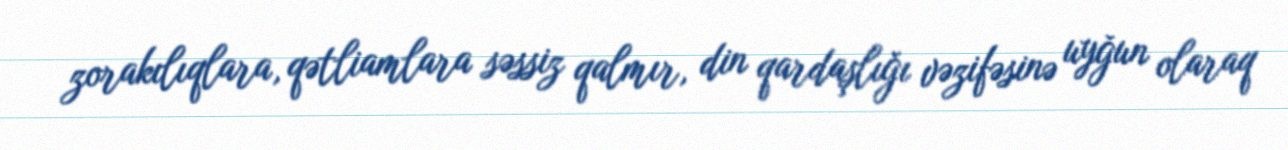
zorakılıqlara, qətliamlara səssiz qalmır, din qardaşlığı vəzifəsinə uyğun olaraq